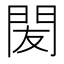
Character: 𨳧